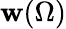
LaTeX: \mathbf{w}(\Omega)